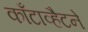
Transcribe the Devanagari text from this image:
काँटाव्हैटने